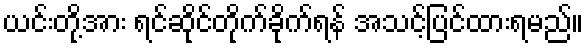
ယင်းတို့အား ရင်ဆိုင်တိုက်ခိုက်ရန် အသင့်ပြင်ထားရမည်။